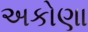
અકોણા